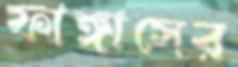
ফাঙ্গাসের